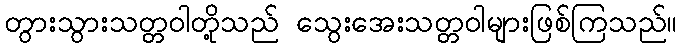
တွားသွားသတ္တဝါတို့သည် သွေးအေးသတ္တဝါများဖြစ်ကြသည်။